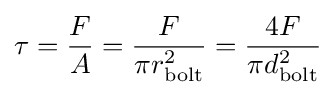
\tau ={\frac {F}{A}}={\frac {F}{\pi r_{\text{bolt}}^{2}}}={\frac {4F}{\pi d_{\text{bolt}}^{2}}}